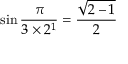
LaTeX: \sin { \frac { \pi } { 3 \times 2 ^ { 1 } } } = { \frac { \sqrt { 2 - 1 } } { 2 } }